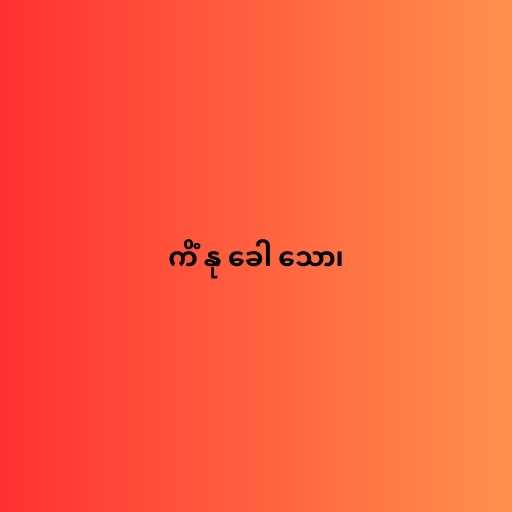
ကိံ နု ခေါ သော၊